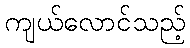
ကျယ်လောင်သည့်